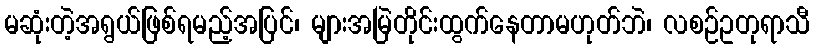
မဆုံးတဲ့အရွယ်ဖြစ်ရမည့်အပြင်၊ များအမြဲတိုင်းထွက်နေတာမဟုတ်ဘဲ၊ လစဉ်ဥတုရာသီ